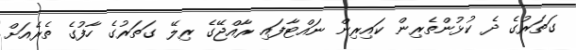
ގަތަރުގެ ދެ ކުޅުންތެރިން ކައިރިން ނައްޓާފައި ރާއްޖޭގެ ރިލޭ ގަތަރުގެ ހާފުގެ ތެރެއަށް